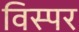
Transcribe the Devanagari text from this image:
विस्पर